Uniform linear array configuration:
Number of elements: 4
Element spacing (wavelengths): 0.5
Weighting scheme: kaiser
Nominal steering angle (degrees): -60
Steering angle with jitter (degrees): -60.289
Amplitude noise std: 0.05
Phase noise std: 0.05

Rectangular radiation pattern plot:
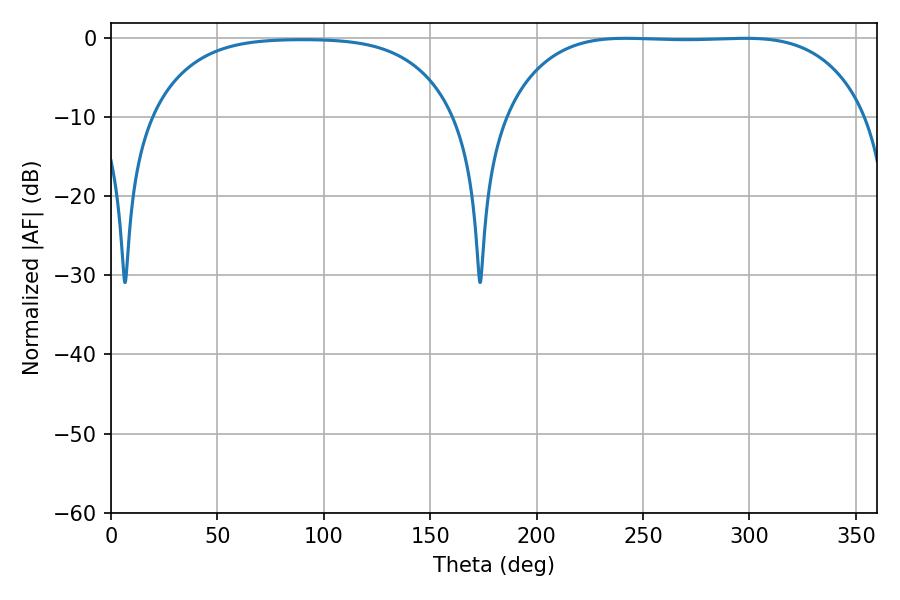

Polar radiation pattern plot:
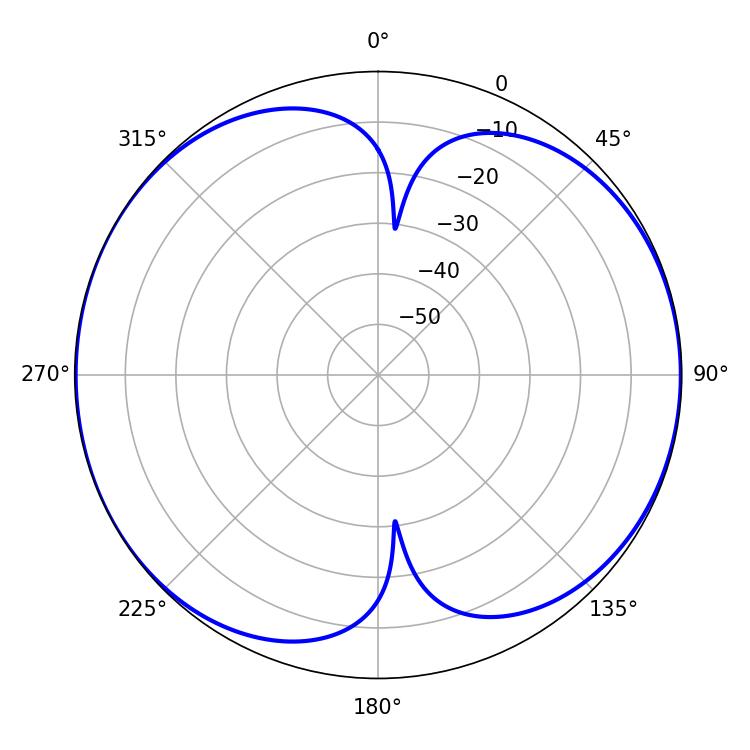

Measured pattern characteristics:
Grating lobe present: FALSE
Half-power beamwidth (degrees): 131.76
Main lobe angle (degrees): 298.08